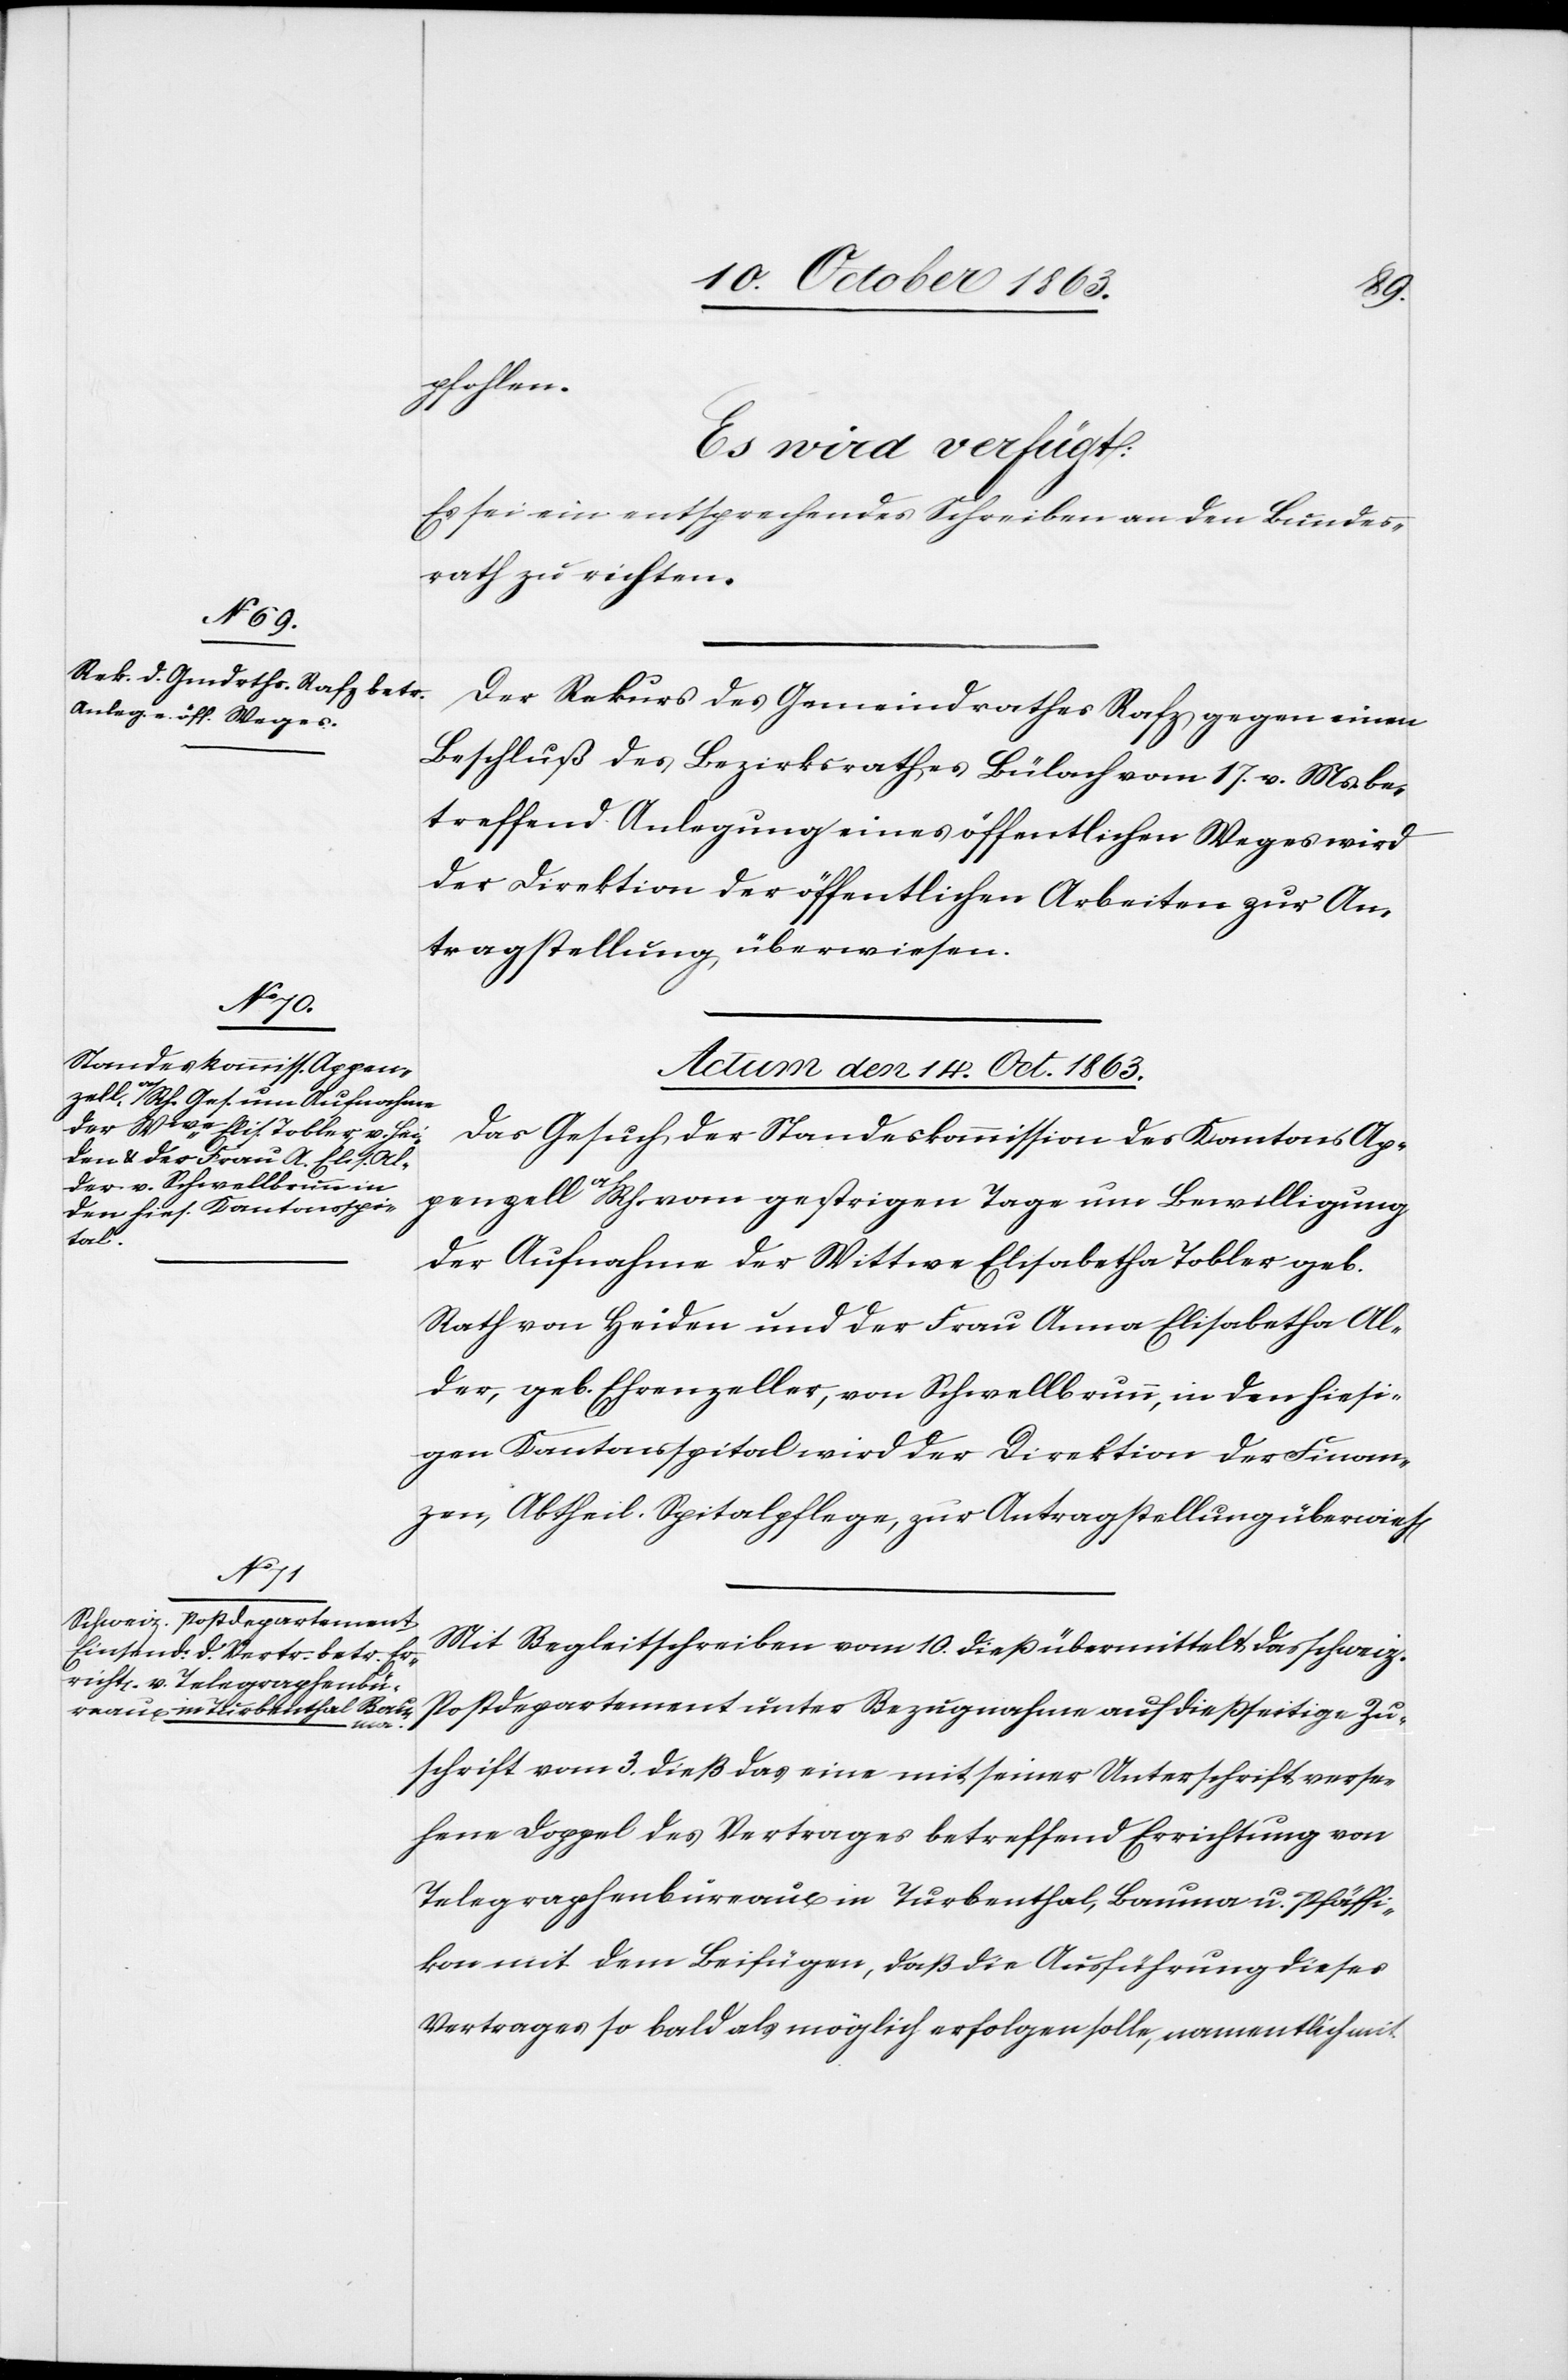
s[en].
den

13. October 1863.]
pfohlen.
Es wird verfügt:
Es sei ein entsprechendes Schreiben an den Bundes¬
rath zu richten.
Der Rekurs des Gemeindrathes Rafz gegen einen
Beschluß des Bezirksrathes Bülach vom 17. v. Ms. be¬
treffend Anlegung eines öffentlichen Weges wird
der Direktion der öffentlichen Arbeiten zur An¬
tragstellung überwiesen.
Actum den 14. Oct. 1863.]
Das Gesuch der Standeskommission des Kantons Ap¬
penzell a/Rh. vom gestrigen Tage um Bewilligung
der Aufnahme der Wittwe Elisabetha Tobler geb.
Rath von Heiden und der Frau Anna Elisabetha Al¬
der, geb. Ehrenzeller, von Schwellbrunn, in den hiesi¬
gen Kantonsspital wird der Direktion der Finan¬
zen, Abtheil. Spitalpflege, zur Antragstellung überwie¬
Mit Begleitschreiben vom 10. dieß übermittelt das schweiz.
Postdepartement unter Bezugnahme auf dießseitige Zu¬
schrift vom 3. dieß das eine mit seiner Unterschrift verse¬
hene Doppel des Vertrages betreffend Errichtung von
Telegraphenbüreaux in Turbenthal, Bauma u. Pfäffi¬
kon mit dem Beifügen, daß die Ausführung dieses
Vertrages so bald als möglich erfolgen solle, namentlich mit